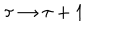
\tau \rightarrow \tau + 1